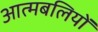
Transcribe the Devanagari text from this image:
आत्मबलियों